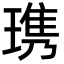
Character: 㻪